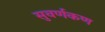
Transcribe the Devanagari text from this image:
सुवर्णकण